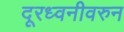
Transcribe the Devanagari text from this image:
दूरध्वनीवरुन